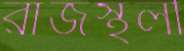
রাজস্থলী